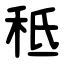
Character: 秪